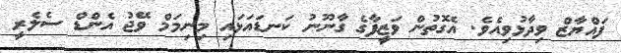
ފައްޔާޒް ވިދާޅުވިއެވެ. އެގޮތުން ވަޒީފާގެ ގާނޫނު ކަނޑައަޅައި މިނިމަމް ވޭޖު އެންޑް ސެލެރީ